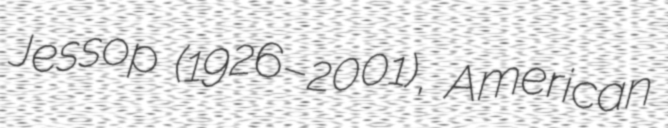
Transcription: Jessop (1926–2001), American